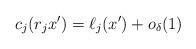
LaTeX: \begin{align*} c_j(r_j x') = \ell_j(x') + o_\delta(1) \end{align*}